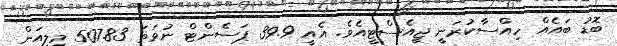
ބޮޑު ބައެއް ހިއްސާކުރަނީ ޖީއެސްޓީއެވެ. އެއީ 39.9 ޕަސެންޓް ނުވަތަ 507.83 މިލިއަން